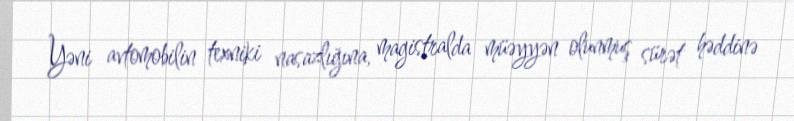
Yəni avtomobilin texniki nasazlığına, magistralda müəyyən olunmuş sürət həddinə